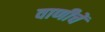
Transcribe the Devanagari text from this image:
वाणीचें